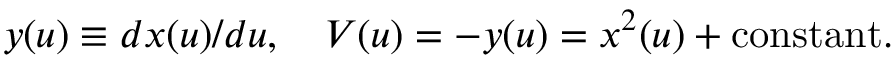
y ( u ) \equiv d x ( u ) / { d u } , \quad V ( u ) = - y ( u ) = x ^ { 2 } ( u ) + \mathrm { c o n s t a n t } .